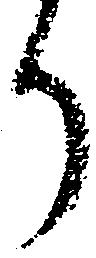
り